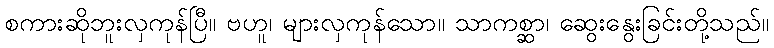
စကားဆိုဘူးလှကုန်ပြီ။ ဗဟူ၊ များလှကုန်သော။ သာကစ္ဆာ၊ ဆွေးနွေးခြင်းတို့သည်။